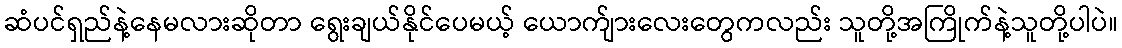
ဆံပင်ရှည်နဲ့နေမလားဆိုတာ ရွေးချယ်နိုင်ပေမယ့် ယောက်ျားလေးတွေကလည်း သူတို့အကြိုက်နဲ့သူတို့ပါပဲ။